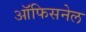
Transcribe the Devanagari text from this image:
ऑफिसनेल